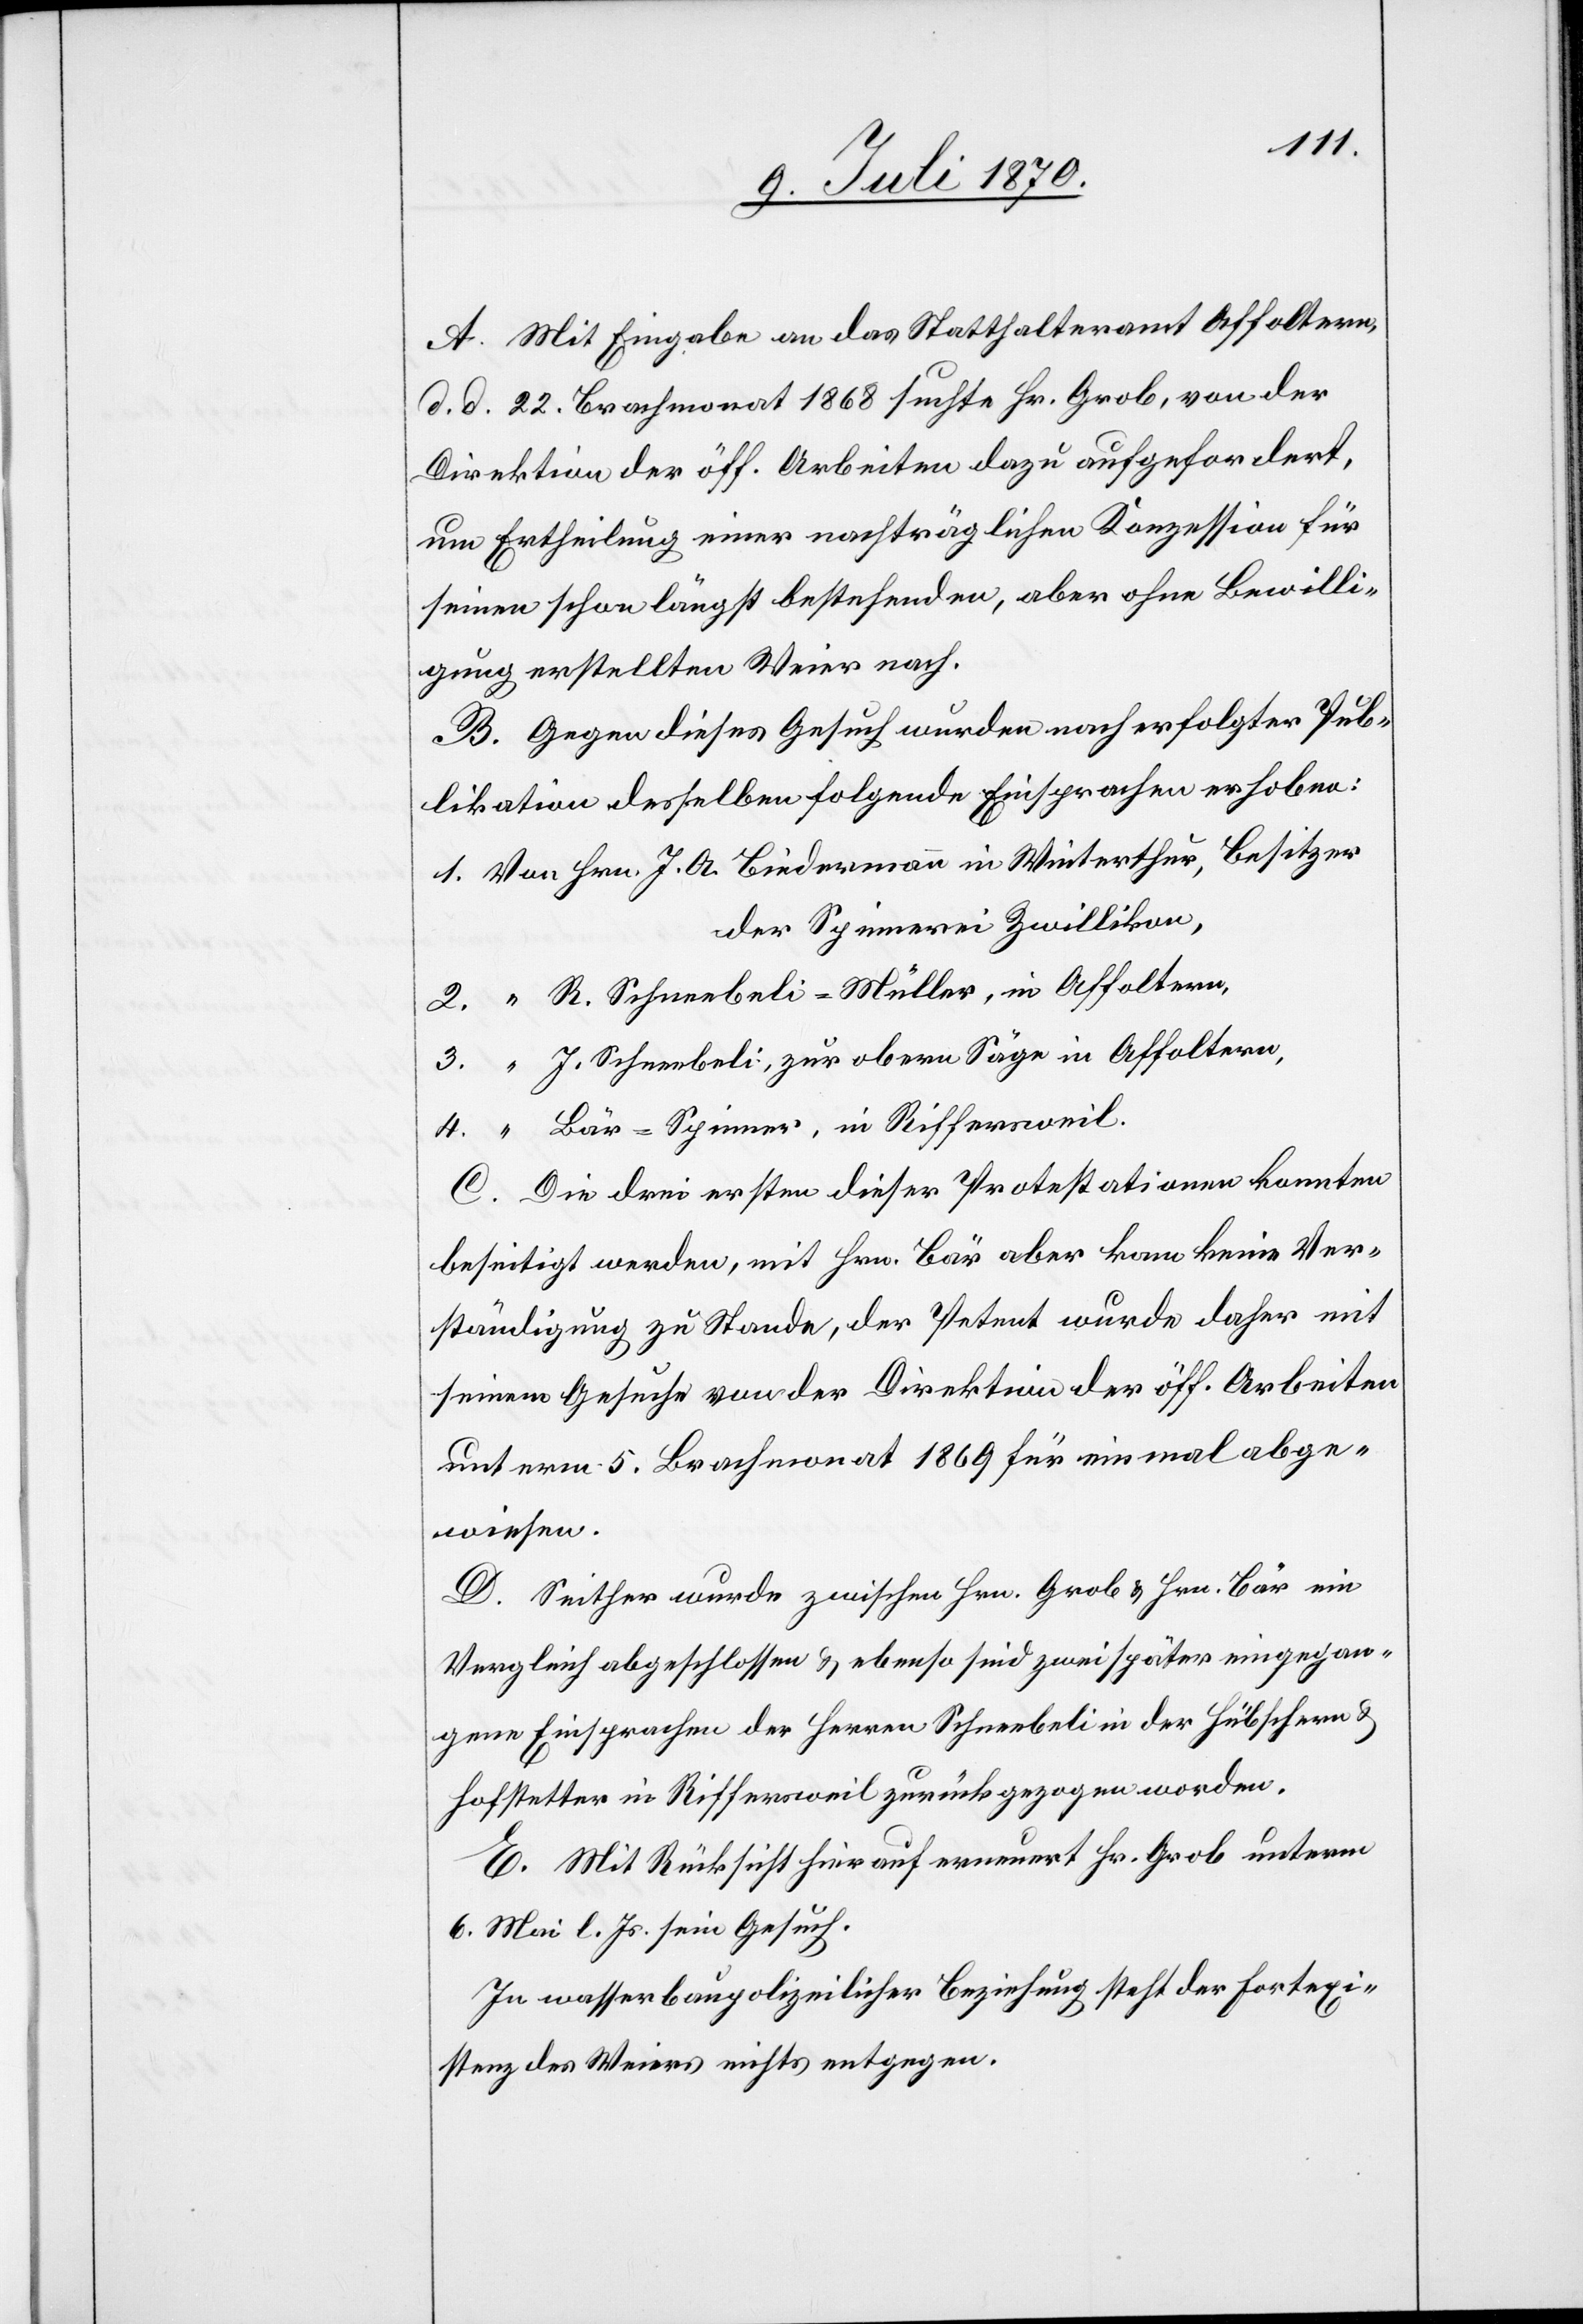
A. Mit Eingabe an das Statthalteramt Affoltern
d. d 22. Brachmonat 1868 suchte Hr. Grob, von der
Direktion der öff. Arbeiten dazu aufgefordert,
um Ertheilung einer nachträglichen Konzession für
seinen schon längst bestehenden, aber ohne Bewilli¬
gung erstellten Weier nach.
B. Gegen dieses Gesuch wurden nach erfolgter Pub¬
likation desselben folgende Einsprachen erhoben:
Hrn. J. A. Biedermann in Winterthur, Besitzer
der Spinnerei Zwillikon,
R. Schneebeli-Müller, in Affoltern,
J. Schneebeli, zur obern Säge in Affoltern,
Bär-Spinner, in Riffersweil.
C. Die drei ersten dieser Protestationen konnten
beseitigt werden, mit Hrn. Bär aber kam keine Ver¬
ständigung zu Stande, der Petent wurde daher mit
seinem Gesuch von der Direktion der öff. Arbeiten
unterm 5. Brachmonat 1869 für einmal abge¬
wiesen.
D. Seither wurde zwischen Hrn. Grob & Hrn. Bär ein
Vergleich abgeschlossen & ebenso sind zwei später eingegan¬
gene Einsprachen der Herren Schneebeli in der Hübschern &
Hofstetter in Riffersweil zurückgezogen worden.
E. Mit Rücksicht hierauf erneuert Hr. Grob unterm
6. Mai l. Js. sein Gesuch.
In wasserbaupolizeilicher Beziehung steht der Fortexi¬
stenz des Weiers nichts entgegen.